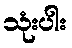
သုံးပါး